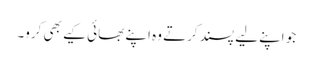
جو اپنے لیے پسند کرتے وہ اپنے بھائی کیے بھی کرو۔